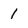
Character: 1